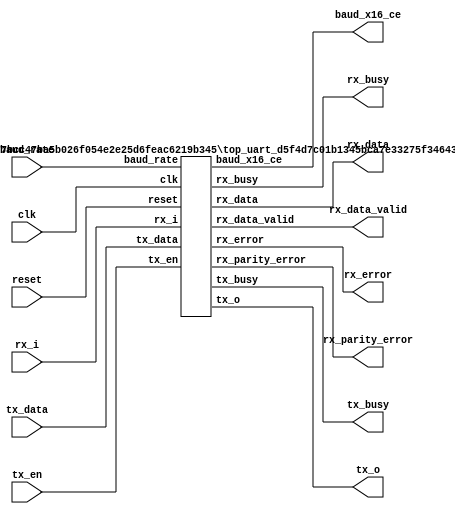
// =============================================================================
// Generated by efx_ipmgr
// Version: 2023.1.150
// IP Version: 5.0
// =============================================================================

////////////////////////////////////////////////////////////////////////////////
// Copyright (C) 2013-2023 Efinix Inc. All rights reserved.              
//
// This   document  contains  proprietary information  which   is        
// protected by  copyright. All rights  are reserved.  This notice       
// refers to original work by Efinix, Inc. which may be derivitive       
// of other work distributed under license of the authors.  In the       
// case of derivative work, nothing in this notice overrides the         
// original author's license agreement.  Where applicable, the           
// original license agreement is included in it's original               
// unmodified form immediately below this header.                        
//                                                                       
// WARRANTY DISCLAIMER.                                                  
//     THE  DESIGN, CODE, OR INFORMATION ARE PROVIDED AS IS AND        
//     EFINIX MAKES NO WARRANTIES, EXPRESS OR IMPLIED WITH               
//     RESPECT THERETO, AND EXPRESSLY DISCLAIMS ANY IMPLIED WARRANTIES,  
//     INCLUDING, WITHOUT LIMITATION, THE IMPLIED WARRANTIES OF          
//     MERCHANTABILITY, NON-INFRINGEMENT AND FITNESS FOR A PARTICULAR    
//     PURPOSE.  SOME STATES DO NOT ALLOW EXCLUSIONS OF AN IMPLIED       
//     WARRANTY, SO THIS DISCLAIMER MAY NOT APPLY TO LICENSEE.           
//                                                                       
// LIMITATION OF LIABILITY.                                              
//     NOTWITHSTANDING ANYTHING TO THE CONTRARY, EXCEPT FOR BODILY       
//     INJURY, EFINIX SHALL NOT BE LIABLE WITH RESPECT TO ANY SUBJECT    
//     MATTER OF THIS AGREEMENT UNDER TORT, CONTRACT, STRICT LIABILITY   
//     OR ANY OTHER LEGAL OR EQUITABLE THEORY (I) FOR ANY INDIRECT,      
//     SPECIAL, INCIDENTAL, EXEMPLARY OR CONSEQUENTIAL DAMAGES OF ANY    
//     CHARACTER INCLUDING, WITHOUT LIMITATION, DAMAGES FOR LOSS OF      
//     GOODWILL, DATA OR PROFIT, WORK STOPPAGE, OR COMPUTER FAILURE OR   
//     MALFUNCTION, OR IN ANY EVENT (II) FOR ANY AMOUNT IN EXCESS, IN    
//     THE AGGREGATE, OF THE FEE PAID BY LICENSEE TO EFINIX HEREUNDER    
//     (OR, IF THE FEE HAS BEEN WAIVED, $100), EVEN IF EFINIX SHALL HAVE 
//     BEEN INFORMED OF THE POSSIBILITY OF SUCH DAMAGES.  SOME STATES DO 
//     NOT ALLOW THE EXCLUSION OR LIMITATION OF INCIDENTAL OR            
//     CONSEQUENTIAL DAMAGES, SO THIS LIMITATION AND EXCLUSION MAY NOT   
//     APPLY TO LICENSEE.                                                
//
////////////////////////////////////////////////////////////////////////////////

`define IP_UUID _d5f4d7c01b1345bca7e33275f3464327
`define IP_NAME_CONCAT(a,b) a``b
`define IP_MODULE_NAME(name) `IP_NAME_CONCAT(name,`IP_UUID)
module uart (
output tx_o,
input rx_i,
output tx_busy,
output [7:0] rx_data,
output rx_data_valid,
output rx_error,
output rx_parity_error,
output rx_busy,
output baud_x16_ce,
input clk,
input reset,
input [2:0] baud_rate,
input tx_en,
input [7:0] tx_data
);
`IP_MODULE_NAME(top_uart) #(
.BYTE (1),
.CLOCK_FREQ (50000000),
.BAUD (115200),
.ENABLE_PARITY (1'b0),
.FIX_BAUDRATE (1'b1),
.PARITY_MODE (1'b0),
.BOOTUP_CHECK (1'b0)
) u_top_uart(
.tx_o ( tx_o ),
.rx_i ( rx_i ),
.tx_busy ( tx_busy ),
.rx_data ( rx_data ),
.rx_data_valid ( rx_data_valid ),
.rx_error ( rx_error ),
.rx_parity_error ( rx_parity_error ),
.rx_busy ( rx_busy ),
.baud_x16_ce ( baud_x16_ce ),
.clk ( clk ),
.reset ( reset ),
.baud_rate ( baud_rate ),
.tx_en ( tx_en ),
.tx_data ( tx_data )
);

endmodule

/////////////////////////////////////////////////////////////////////////////
//
// Copyright (C) 2013-2019 Efinix Inc. All rights reserved.
//
// baud_generator.v
//
// Description:
// Baud Generator generates up to 115.2KHz baud rate.
// common Baud Rate - 4800/9600/19200/57600/115200Hz
//
// *******************************
// Revisions:
// 1.0 Initial rev
//
// *******************************
/////////////////////////////////////////////////////////////////////////////


`resetall
`timescale 1ns/10ps    

  module `IP_MODULE_NAME(baud_generator)
    #(parameter CLOCK_FREQ = 50000000,
                FIX_BAUDRATE = 1,
                BAUD = 115200)
   
    (
     output wire baud_ce,
     output wire baud_x16_ce,
     
     //inputs
     input clk,     
     input [2:0] baud_rate,
     input reset              
     );

   //Baud Rate Calculation 
   parameter BAUD_GEN_ACC_WIDTH = 16;
   
   localparam [BAUD_GEN_ACC_WIDTH-1:0] BAUD_GEN_INC = CLOCK_FREQ/BAUD;
   localparam [BAUD_GEN_ACC_WIDTH-1:0] BAUD_GEN_INC_X16 = (CLOCK_FREQ/BAUD) >> 4;
   
   localparam BAUD_GEN_INC_0 = CLOCK_FREQ/115200;
   localparam BAUD_GEN_INC_1 = CLOCK_FREQ/57600;
   localparam BAUD_GEN_INC_2 = CLOCK_FREQ/38400;
   localparam BAUD_GEN_INC_3 = CLOCK_FREQ/19200;
   localparam BAUD_GEN_INC_4 = CLOCK_FREQ/9600;
   localparam BAUD_GEN_INC_5 = CLOCK_FREQ/4800;
   localparam BAUD_GEN_INC_6 = CLOCK_FREQ/2400;
   localparam BAUD_GEN_INC_7 = CLOCK_FREQ/1200;
   
   //internal registers
   reg [BAUD_GEN_ACC_WIDTH:0] baud_cnt ;
   reg [BAUD_GEN_ACC_WIDTH:0] baud_cnt_x16 ;
   //Baud Rate <1%.
   
    always @(posedge clk) begin
        if (reset) begin
            baud_cnt <= 'h0;
        end
        else begin
            if(baud_ce) begin
    	        baud_cnt <= 'h0; 
    	    end
            else begin
       	        baud_cnt <= baud_cnt[BAUD_GEN_ACC_WIDTH-1:0] + 1'b1;
       	    end
       	end
    end  
    
    always @(posedge clk) begin
        if (reset) begin
          baud_cnt_x16 <= 'h0;
        end
        else begin
            if(baud_ce || baud_x16_ce) begin
                baud_cnt_x16 <= 'h0;
            end
            else begin
                baud_cnt_x16 <= baud_cnt_x16[BAUD_GEN_ACC_WIDTH-1:0] + 1'b1;
            end
        end
    end

   
    generate if (FIX_BAUDRATE) begin
        assign baud_ce = (baud_cnt == BAUD_GEN_INC-1'b1);
        assign baud_x16_ce = (baud_cnt_x16 == BAUD_GEN_INC_X16 - 1'b1);
    end
    else begin
        assign baud_ce = (baud_rate == 1) ? (baud_cnt == BAUD_GEN_INC_1-1'b1) :
                         (baud_rate == 2) ? (baud_cnt == BAUD_GEN_INC_2-1'b1) :
                         (baud_rate == 3) ? (baud_cnt == BAUD_GEN_INC_3-1'b1) :
                         (baud_rate == 4) ? (baud_cnt == BAUD_GEN_INC_4-1'b1) :
                         (baud_rate == 5) ? (baud_cnt == BAUD_GEN_INC_5-1'b1) :
                         (baud_rate == 6) ? (baud_cnt == BAUD_GEN_INC_6-1'b1) :
                         (baud_rate == 7) ? (baud_cnt == BAUD_GEN_INC_7-1'b1) :
                         (baud_cnt == BAUD_GEN_INC_0-1'b1);
        assign baud_x16_ce = (baud_rate == 1) ? (baud_cnt_x16 == (BAUD_GEN_INC_1 >> 4)-1'b1) :
                             (baud_rate == 2) ? (baud_cnt_x16 == (BAUD_GEN_INC_2 >> 4)-1'b1) :
                             (baud_rate == 3) ? (baud_cnt_x16 == (BAUD_GEN_INC_3 >> 4)-1'b1) :
                             (baud_rate == 4) ? (baud_cnt_x16 == (BAUD_GEN_INC_4 >> 4)-1'b1) :
                             (baud_rate == 5) ? (baud_cnt_x16 == (BAUD_GEN_INC_5 >> 4)-1'b1) :
                             (baud_rate == 6) ? (baud_cnt_x16 == (BAUD_GEN_INC_6 >> 4)-1'b1) :
                             (baud_rate == 7) ? (baud_cnt_x16 == (BAUD_GEN_INC_7 >> 4)-1'b1) :
                             (baud_cnt_x16 == (BAUD_GEN_INC_0 >> 4)-1'b1);
    end
    endgenerate

   
endmodule

//////////////////////////////////////////////////////////////////////////////
// Copyright (C) 2013-2019 Efinix Inc. All rights reserved.
//
// This   document  contains  proprietary information  which   is
// protected by  copyright. All rights  are reserved.  This notice
// refers to original work by Efinix, Inc. which may be derivitive
// of other work distributed under license of the authors.  In the
// case of derivative work, nothing in this notice overrides the
// original author's license agreement.  Where applicable, the 
// original license agreement is included in it's original 
// unmodified form immediately below this header.
//
// WARRANTY DISCLAIMER.  
//     THE  DESIGN, CODE, OR INFORMATION ARE PROVIDED AS IS AND 
//     EFINIX MAKES NO WARRANTIES, EXPRESS OR IMPLIED WITH 
//     RESPECT THERETO, AND EXPRESSLY DISCLAIMS ANY IMPLIED WARRANTIES, 
//     INCLUDING, WITHOUT LIMITATION, THE IMPLIED WARRANTIES OF 
//     MERCHANTABILITY, NON-INFRINGEMENT AND FITNESS FOR A PARTICULAR 
//     PURPOSE.  SOME STATES DO NOT ALLOW EXCLUSIONS OF AN IMPLIED 
//     WARRANTY, SO THIS DISCLAIMER MAY NOT APPLY TO LICENSEE.
//
// LIMITATION OF LIABILITY.  
//     NOTWITHSTANDING ANYTHING TO THE CONTRARY, EXCEPT FOR BODILY 
//     INJURY, EFINIX SHALL NOT BE LIABLE WITH RESPECT TO ANY SUBJECT 
//     MATTER OF THIS AGREEMENT UNDER TORT, CONTRACT, STRICT LIABILITY 
//     OR ANY OTHER LEGAL OR EQUITABLE THEORY (I) FOR ANY INDIRECT, 
//     SPECIAL, INCIDENTAL, EXEMPLARY OR CONSEQUENTIAL DAMAGES OF ANY 
//     CHARACTER INCLUDING, WITHOUT LIMITATION, DAMAGES FOR LOSS OF 
//     GOODWILL, DATA OR PROFIT, WORK STOPPAGE, OR COMPUTER FAILURE OR 
//     MALFUNCTION, OR IN ANY EVENT (II) FOR ANY AMOUNT IN EXCESS, IN 
//     THE AGGREGATE, OF THE FEE PAID BY LICENSEE TO EFINIX HEREUNDER 
//     (OR, IF THE FEE HAS BEEN WAIVED, $100), EVEN IF EFINIX SHALL HAVE 
//     BEEN INFORMED OF THE POSSIBILITY OF SUCH DAMAGES.  SOME STATES DO 
//     NOT ALLOW THE EXCLUSION OR LIMITATION OF INCIDENTAL OR 
//     CONSEQUENTIAL DAMAGES, SO THIS LIMITATION AND EXCLUSION MAY NOT 
//     APPLY TO LICENSEE.
//
/////////////////////////////////////////////////////////////////////////////


/////////////////////////////////////////////////////////////////////////////
//
// Copyright (C) 2013-2019 Efinix Inc. All rights reserved.
//
// receiver.v
//
// Description:
// process the RX data from UART Peripherals
//
// *******************************
// Revisions:
// 1.0 Initial rev
//
// *******************************
/////////////////////////////////////////////////////////////////////////////


`resetall
`timescale 1ns/10ps       

  module `IP_MODULE_NAME(receiver)
    #( parameter PARITY_MODE = 0)
   (
    //outputs
    output wire [7:0] data_1_byte, 	//One bye of data.
    output reg valid,     		//Valid for data_1_byte.
    output reg error,                   //Framing Error.
    output reg parity_error,            //Parity Error. 
    output reg rx_busy,                 //rx busy 
    //inputs
    input clk,             		//System Clock.
    input reset,                	//system reset.
    input baud_x16_ce,        		//BaudX16 Enable Signal
    input rx_i,                		//RX data from PC.
    input en_parity                     //Enable Parity 
    );

   //Parameters
   localparam IDLE = 0,
	      START = 1,
	      DATA = 2,
	      STOP = 3,
	      ERROR = 4,
              PARITY = 5;

   localparam IDLE_ST  	= 6'b00_0001,
              START_ST 	= 6'b00_0010,
              DATA_ST  	= 6'b00_0100,
              STOP_ST  	= 6'b00_1000,
              ERROR_ST 	= 6'b01_0000,
             PARITY_ST 	= 6'b10_0000;
   
                                 
   
   //internal signals
   reg 	      rx_data0,rx_data1,rx_data2;
   reg [5:0]  present_state,next_state;
   reg [3:0]  count_x16;
   wire       start;
   reg 	      shift_en;
   reg [15:0] shift_rx_data [7:0];
   reg 	      load_data;
   reg [7:0]  parallel_data;
   reg 	      count_en;
   reg 	      valid_en;
   reg [7:0]  count_8bit;
   integer    i;
   reg [2:0]  rx_data_sync;
   reg 	      parity_en;
   reg [15:0] parity_data;
   wire       parity_bit;
  
   wire       expected_parity_bit;
   
   //synchronize the rx_i.
   always @(posedge clk)
     if (reset)
       rx_data_sync <= 3'b111;
     else
       rx_data_sync <= {rx_data_sync[1:0],rx_i};
   
   
   //synchronize the incoming rx_i... 
   always @(posedge clk)
     if (reset)
       begin
	  rx_data0 <= 1'b1;
	  rx_data1 <= 1'b1;
	  rx_data2 <= 1'b1;
       end
     else if (baud_x16_ce)
       begin  
	  rx_data0 <= rx_data_sync[2];
	  rx_data1 <= rx_data0;
	  rx_data2 <= rx_data1;
       end

   assign start = !rx_data1 & rx_data2;
 

   always @(posedge clk)
     if (reset)
       present_state <= 6'h1;
     else if (baud_x16_ce)
       present_state <= next_state;

   //State Machine for Receiver to process the RXDATA and generate the parallel data...
   always @(*)
     begin
	load_data = 0;
	shift_en= 0;
	valid_en = 0;
	count_en = 0;
	parity_en = 0;
	
	case (present_state)
	  IDLE_ST: begin
	     if (start)
	       next_state = START_ST;
	     else
	       next_state = IDLE_ST;
	  end
	  
	 START_ST: begin
	    count_en = 1'b1;
	  
	     if (&count_x16)
	       next_state = DATA_ST;
	     else if (rx_data2)
	       next_state = ERROR_ST;
	     else
	       next_state = START_ST;
	  end
	  
	  DATA_ST : begin
	     shift_en = 1'b1;
	     if (count_8bit[7] && &count_x16)
	       begin
		  load_data = 1'b1;
		  if (en_parity)
		    next_state = PARITY_ST;
		  else 
		    next_state= STOP_ST;
		
	       end
	     else
	       begin
		
		  next_state = DATA_ST;
	       end
	  end 

	  PARITY_ST : begin
	     count_en = 1'b1;
	     parity_en = 1'b1;
	     if (&count_x16)
	       begin
		  next_state = STOP_ST;
	       end
	     
	     else
	       begin
		  next_state = PARITY_ST;  
	       end
	  end
	  
	  
	  STOP_ST : begin
	     count_en=1'b1;
	     
	     if (!rx_data1)
	       next_state = ERROR_ST;
	     else if (count_8bit[0] & &count_x16)
	       begin
		  valid_en = 1'b1;
		  if (start)
		    next_state = START_ST;
		  else 
		    next_state = IDLE_ST;
	       end
	     
	     else
	       begin
		  next_state = STOP_ST;
	
	       end
	  end // case: present_state[STOP]
	  
	  ERROR_ST : begin
	     next_state = IDLE_ST;
	  end
	  
	  
	  default: next_state = IDLE_ST;
	  
	endcase // case(current_state)
	
	
     end // always @ (*)
   

   always @(posedge clk)
     if (reset)
       count_x16 <= 4'b0;
     else if (baud_x16_ce)
       begin
	  if (count_en |  shift_en)
	    count_x16 <= count_x16 + 1;
	  else if (present_state[IDLE])
	    count_x16 <= 4'h0;
       end
   
   always @(posedge clk)
     begin
	if (reset)
	  count_8bit <= 8'h01;
	else if (baud_x16_ce)
	  begin
	     if ( present_state[DATA]  &&  &count_x16  )
	       count_8bit <= {count_8bit[6:0],count_8bit[7]};
	     else if (present_state[IDLE])
	       count_8bit <= 8'h01;
	  end

       
     end // always @ (posedge clk)


   

   always @(posedge clk)
     if (reset | present_state[IDLE])
       begin
	  for (i=0; i<8;i=i+1)
	    shift_rx_data[i] <= 16'h0;
       end

     else if (baud_x16_ce & shift_en)
       case (1'b1)
	 count_8bit[0]:
	   shift_rx_data[0] <= shift_rx_data[0]<<1 | rx_data2;
	 count_8bit[1]:
	   shift_rx_data[1] <= shift_rx_data[1]<<1 | rx_data2;
	 count_8bit[2]:
	   shift_rx_data[2] <= shift_rx_data[2]<<1 | rx_data2;
	 count_8bit[3]:
	   shift_rx_data[3] <= shift_rx_data[3]<<1 | rx_data2;
	 count_8bit[4]:
	   shift_rx_data[4] <= shift_rx_data[4]<<1 | rx_data2;
	 count_8bit[5]:
	   shift_rx_data[5] <= shift_rx_data[5]<<1 | rx_data2;
	 count_8bit[6]:
	   shift_rx_data[6] <= shift_rx_data[6]<<1 | rx_data2;
	 count_8bit[7]:
	   shift_rx_data[7] <= shift_rx_data[7]<<1 | rx_data2;
	endcase

   
   
   always @(posedge clk)
     if (reset)
       begin
	  parallel_data <= 8'h0;

       end
     else if (load_data & baud_x16_ce)
       parallel_data <= { &shift_rx_data[7][8:7], &shift_rx_data[6][8:7],
			 &shift_rx_data[5][8:7], &shift_rx_data[4][8:7],
			 &shift_rx_data[3][8:7], &shift_rx_data[2][8:7],
			 &shift_rx_data[1][8:7], &shift_rx_data[0][8:7]
			 };

   assign data_1_byte = parallel_data;
   
   always @(posedge clk)
	if (reset )
       valid <= 1'b0;
     else if (baud_x16_ce) begin
	if (valid_en)
	  valid <= 1'b1;
	else
	  valid <= 1'b0;
     end


 
   
   
    always @(posedge clk)
     if (reset | present_state[IDLE])
       parity_data <= 16'h0;
     else if (baud_x16_ce & parity_en)
       parity_data <= parity_data<<1 | rx_data2;
   

   assign parity_bit = &parity_data[8:7];
   generate 
      if (PARITY_MODE==1)
	assign expected_parity_bit = ~(^parallel_data);
      else
	assign expected_parity_bit = ^parallel_data;
   endgenerate
   
   //Update the parity status bit. 
   always @(posedge clk)
     if (reset)
       parity_error <= 1'b0;
     else if (present_state[STOP])
       parity_error <= (expected_parity_bit !=  parity_bit);

  
     

   //Error in transmission...
   //This is unused register in this design. I only need to use it
   //during verification.
   //TO-DO: You may add this feature to let firmware read the error.
   always @(posedge clk)
     if (reset)
       error <= 1'b0;
     else if (present_state[ERROR])
       error <= 1'b1;
     else if (present_state[STOP])
       error <= 1'b0;
   

   
   always @(posedge clk)
     if (reset)
       rx_busy <= 1'b0;
     else if (present_state[IDLE])
       rx_busy <= 1'b0;
     else
       rx_busy <= 1'b1;
   
endmodule // receiver

//////////////////////////////////////////////////////////////////////////////
// Copyright (C) 2013-2019 Efinix Inc. All rights reserved.
//
// This   document  contains  proprietary information  which   is
// protected by  copyright. All rights  are reserved.  This notice
// refers to original work by Efinix, Inc. which may be derivitive
// of other work distributed under license of the authors.  In the
// case of derivative work, nothing in this notice overrides the
// original author's license agreement.  Where applicable, the 
// original license agreement is included in it's original 
// unmodified form immediately below this header.
//
// WARRANTY DISCLAIMER.  
//     THE  DESIGN, CODE, OR INFORMATION ARE PROVIDED AS IS AND 
//     EFINIX MAKES NO WARRANTIES, EXPRESS OR IMPLIED WITH 
//     RESPECT THERETO, AND EXPRESSLY DISCLAIMS ANY IMPLIED WARRANTIES, 
//     INCLUDING, WITHOUT LIMITATION, THE IMPLIED WARRANTIES OF 
//     MERCHANTABILITY, NON-INFRINGEMENT AND FITNESS FOR A PARTICULAR 
//     PURPOSE.  SOME STATES DO NOT ALLOW EXCLUSIONS OF AN IMPLIED 
//     WARRANTY, SO THIS DISCLAIMER MAY NOT APPLY TO LICENSEE.
//
// LIMITATION OF LIABILITY.  
//     NOTWITHSTANDING ANYTHING TO THE CONTRARY, EXCEPT FOR BODILY 
//     INJURY, EFINIX SHALL NOT BE LIABLE WITH RESPECT TO ANY SUBJECT 
//     MATTER OF THIS AGREEMENT UNDER TORT, CONTRACT, STRICT LIABILITY 
//     OR ANY OTHER LEGAL OR EQUITABLE THEORY (I) FOR ANY INDIRECT, 
//     SPECIAL, INCIDENTAL, EXEMPLARY OR CONSEQUENTIAL DAMAGES OF ANY 
//     CHARACTER INCLUDING, WITHOUT LIMITATION, DAMAGES FOR LOSS OF 
//     GOODWILL, DATA OR PROFIT, WORK STOPPAGE, OR COMPUTER FAILURE OR 
//     MALFUNCTION, OR IN ANY EVENT (II) FOR ANY AMOUNT IN EXCESS, IN 
//     THE AGGREGATE, OF THE FEE PAID BY LICENSEE TO EFINIX HEREUNDER 
//     (OR, IF THE FEE HAS BEEN WAIVED, $100), EVEN IF EFINIX SHALL HAVE 
//     BEEN INFORMED OF THE POSSIBILITY OF SUCH DAMAGES.  SOME STATES DO 
//     NOT ALLOW THE EXCLUSION OR LIMITATION OF INCIDENTAL OR 
//     CONSEQUENTIAL DAMAGES, SO THIS LIMITATION AND EXCLUSION MAY NOT 
//     APPLY TO LICENSEE.
//
/////////////////////////////////////////////////////////////////////////////




/////////////////////////////////////////////////////////////////////////////
//
// Copyright (C) 2013-2019 Efinix Inc. All rights reserved.
//
// top_uart.v
//
// Description:
// UART Controller
//
// *******************************
// Revisions:
// 1.0 Initial rev
//
// *******************************
/////////////////////////////////////////////////////////////////////////////

`resetall
`timescale 1ns/10ps       
//`include "uart_defines.v"

  module `IP_MODULE_NAME(top_uart)(
   tx_o,                        
   rx_i,                        
   tx_busy,            		
   rx_data,   	        
   rx_data_valid,      		
   rx_error,           		
   rx_parity_error,              
   rx_busy,            		 
   baud_x16_ce,
   clk,                  	
   reset,                		
   tx_data,
   baud_rate,
   tx_en           
   );

   parameter BYTE = 4;
   parameter DATA_WIDTH = BYTE*8;
   parameter CLOCK_FREQ = 50000000;
   parameter FIX_BAUDRATE = 0;
   parameter BAUD = 115200;
   parameter ENABLE_PARITY = 0;
   parameter PARITY_MODE  = 0;
   parameter BOOTUP_CHECK = 0;
   ////////////////////
   //UART interface
   output tx_o;                       //UART TX
   input  rx_i;                        //UART RX

   ////////////////////
   //User Interface
   //outputs
   output tx_busy;            		//transmitting the tx data.
   output [7:0] rx_data;   	        //rx_data to user logic
   output rx_data_valid;      		//valid flag for rx_data.
   output rx_error;           		//a start bit, parity bit, or stop bit error was detected during the last received data.
   output rx_parity_error;              //Indicate receive data contain parity error. 
   output rx_busy;            		//Receiving the rx data. 
   output baud_x16_ce;
   //inputs
   input clk;                  		//system clock
   input reset;                		//active high reset
   input [BYTE*8-1:0] tx_data;     //Data to transmit.
   input tx_en;                 		//Latches tx_data and initiate transmit
   input [2:0] baud_rate;  //0-115200, 1-57600, 2-38400, 3-19200, 4-9600, 5-4800, 6-2400, 7-1200
//Internal Signals
   wire  baud_ce;
   wire  en_parity;
   
   //UART Format 
   /*   _______         ______                        _______________
    *   IDLE   \_Start_/ Bit0 -----Bit1 -> Bit 7(MSB)/PARITY \/STOP IDLE           
    *   Refer to waveform above, the start is start bit (1'b0).
    *   Meanwhile, the stop is stop bit (1'b1)
    */

   
   `IP_MODULE_NAME(baud_generator) #(.CLOCK_FREQ(CLOCK_FREQ),
            .FIX_BAUDRATE(FIX_BAUDRATE),
		    .BAUD(BAUD)
		    )
   u_baud_generator
     (
      // Outputs
      .baud_ce				(baud_ce),
      .baud_x16_ce			(baud_x16_ce),
      // Inputs
      .clk                  (clk),
      .baud_rate            (baud_rate),
      .reset				(reset));
   

   `IP_MODULE_NAME(transmitter) #(
		 .ENABLE_PARITY(ENABLE_PARITY),
		 .PARITY_MODE(PARITY_MODE),
		 .DATA_WIDTH(DATA_WIDTH),
		 .BOOTUP_CHECK(BOOTUP_CHECK)
		 )
   u_transmitter
     (
      // Outputs
      .tx_o				(tx_o),
      .tx_busy                          (tx_busy), 
      // Inputs
      .clk				(clk),
      .reset				(reset),
      .baud_ce				(baud_ce),
      .tx_data				(tx_data[DATA_WIDTH-1:0]),
      .tx_en				(tx_en));
   

   `IP_MODULE_NAME(receiver) #(
	      .PARITY_MODE(PARITY_MODE)
	      )
   u_receiver
     (
      // Outputs
      .data_1_byte			(rx_data),
      .valid				(rx_data_valid),
      .error				(rx_error),
      .parity_error                     (rx_parity_error), 
      .rx_busy                          (rx_busy),
      // Inputs
      .clk				(clk),
      .reset				(reset),
      .baud_x16_ce			(baud_x16_ce),
      .en_parity                        (en_parity),
      .rx_i				(rx_i));

   assign en_parity =  ENABLE_PARITY;
   

endmodule // top_uart

//////////////////////////////////////////////////////////////////////////////
// Copyright (C) 2013-2019 Efinix Inc. All rights reserved.
//
// This   document  contains  proprietary information  which   is
// protected by  copyright. All rights  are reserved.  This notice
// refers to original work by Efinix, Inc. which may be derivitive
// of other work distributed under license of the authors.  In the
// case of derivative work, nothing in this notice overrides the
// original author's license agreement.  Where applicable, the 
// original license agreement is included in it's original 
// unmodified form immediately below this header.
//
// WARRANTY DISCLAIMER.  
//     THE  DESIGN, CODE, OR INFORMATION ARE PROVIDED AS IS AND 
//     EFINIX MAKES NO WARRANTIES, EXPRESS OR IMPLIED WITH 
//     RESPECT THERETO, AND EXPRESSLY DISCLAIMS ANY IMPLIED WARRANTIES, 
//     INCLUDING, WITHOUT LIMITATION, THE IMPLIED WARRANTIES OF 
//     MERCHANTABILITY, NON-INFRINGEMENT AND FITNESS FOR A PARTICULAR 
//     PURPOSE.  SOME STATES DO NOT ALLOW EXCLUSIONS OF AN IMPLIED 
//     WARRANTY, SO THIS DISCLAIMER MAY NOT APPLY TO LICENSEE.
//
// LIMITATION OF LIABILITY.  
//     NOTWITHSTANDING ANYTHING TO THE CONTRARY, EXCEPT FOR BODILY 
//     INJURY, EFINIX SHALL NOT BE LIABLE WITH RESPECT TO ANY SUBJECT 
//     MATTER OF THIS AGREEMENT UNDER TORT, CONTRACT, STRICT LIABILITY 
//     OR ANY OTHER LEGAL OR EQUITABLE THEORY (I) FOR ANY INDIRECT, 
//     SPECIAL, INCIDENTAL, EXEMPLARY OR CONSEQUENTIAL DAMAGES OF ANY 
//     CHARACTER INCLUDING, WITHOUT LIMITATION, DAMAGES FOR LOSS OF 
//     GOODWILL, DATA OR PROFIT, WORK STOPPAGE, OR COMPUTER FAILURE OR 
//     MALFUNCTION, OR IN ANY EVENT (II) FOR ANY AMOUNT IN EXCESS, IN 
//     THE AGGREGATE, OF THE FEE PAID BY LICENSEE TO EFINIX HEREUNDER 
//     (OR, IF THE FEE HAS BEEN WAIVED, $100), EVEN IF EFINIX SHALL HAVE 
//     BEEN INFORMED OF THE POSSIBILITY OF SUCH DAMAGES.  SOME STATES DO 
//     NOT ALLOW THE EXCLUSION OR LIMITATION OF INCIDENTAL OR 
//     CONSEQUENTIAL DAMAGES, SO THIS LIMITATION AND EXCLUSION MAY NOT 
//     APPLY TO LICENSEE.
//
/////////////////////////////////////////////////////////////////////////////



/////////////////////////////////////////////////////////////////////////////
//
// Copyright (C) 2013-2019 Efinix Inc. All rights reserved.
//
// transmitter.v
//
// Description:
// Transmit the TX data to UART Peripheral
//
// *******************************
// Revisions:
// 1.0 Initial rev
//
// *******************************
/////////////////////////////////////////////////////////////////////////////

`resetall
`timescale 1ns/10ps       

  module `IP_MODULE_NAME(transmitter)
    #(parameter ENABLE_PARITY = 0,
                PARITY_MODE   = 0,
                DATA_WIDTH    = 32,
                BOOTUP_CHECK  = 0)
    (
     //outputs
     output wire tx_o,   		//TX data to UART peripheral.
     output reg tx_busy,                //tx busy flag. 
     //input
     input clk,       			//system clock
     input reset,          		//system reset.
     input baud_ce,        		//baud tick
     input [DATA_WIDTH-1:0] tx_data, 	//8-bit read data...
     input tx_en        		//Valid read data...Ready to send it...
     );
     
//ASCII 
`define ASCII_0 8'h30
`define ASCII_1 8'h31
`define ASCII_2 8'h32
`define ASCII_3 8'h33
`define ASCII_4 8'h34
`define ASCII_5 8'h35
`define ASCII_6 8'h36
`define ASCII_7 8'h37
`define ASCII_8 8'h38
`define ASCII_9 8'h39

`define ASCII_a 8'h61
`define ASCII_b 8'h62
`define ASCII_c 8'h63
`define ASCII_d 8'h64
`define ASCII_e 8'h65
`define ASCII_f 8'h66


`define ASCII_A 8'h41
`define ASCII_B 8'h42
`define ASCII_C 8'h43
`define ASCII_D 8'h44
`define ASCII_E 8'h45
`define ASCII_F 8'h46

`define ASCII_O 8'h4F
`define ASCII_K 8'h4B
`define ASCII_LF 8'h0A

//START & STOP BIT
`define STOP_BIT 1'b1
`define START_BIT 1'b0

   //internal signals.
   reg [46:0] shift_tx_data;
   wire [46:0] xmit_data_p,  xmit_data;
   reg 	       tx_en0,tx_en1,tx_en2;
   reg [5:0]   tx_count;
   wire        ascii_k_parity;
   wire        ascii_o_parity;
   

   always @(posedge clk)
     if (reset)
       begin
	  tx_en0 <= 1'b0;
	  tx_en1 <= 1'b0;
	  tx_en2 <= 1'b0;
       end
   else if (baud_ce)
     begin
	tx_en0 <= tx_en;
	tx_en1 <= tx_en0;
	tx_en2 <= tx_en1;
     end

  generate
     if (PARITY_MODE==1) begin  //odd
	assign ascii_k_parity = ~(^(`ASCII_K));
	assign ascii_o_parity = ~(^(`ASCII_O));
     end
     else begin                 //even
	assign ascii_k_parity = ^(`ASCII_K);
	assign ascii_o_parity = ^(`ASCII_O);
     end
  endgenerate
   
   generate
      if (DATA_WIDTH == 32)
	if (PARITY_MODE==1) begin
	   assign xmit_data_p =  {`STOP_BIT, ~(^tx_data[7:0])  , tx_data[7:0]   , `START_BIT, 1'b1, 
				  `STOP_BIT, ~(^tx_data[15:8]) , tx_data[15:8]  , `START_BIT, 1'b1,
				  `STOP_BIT, ~(^tx_data[23:16]), tx_data[23:16] , `START_BIT, 1'b1,
				  `STOP_BIT, ~(^tx_data[31:24]), tx_data[31:24] , `START_BIT 
				  };

	end

	else begin
	   assign xmit_data_p =  {`STOP_BIT, ^tx_data[7:0]  , tx_data[7:0]   , `START_BIT, 1'b1, 
				  `STOP_BIT, ^tx_data[15:8] , tx_data[15:8]  , `START_BIT, 1'b1,
				  `STOP_BIT, ^tx_data[23:16], tx_data[23:16] , `START_BIT, 1'b1,
				  `STOP_BIT, ^tx_data[31:24], tx_data[31:24] , `START_BIT 
				  };

	end
      
    
      
      else if (DATA_WIDTH == 24)
	if (PARITY_MODE==1) begin 
	   assign xmit_data_p =  {11'h7ff,
				  `STOP_BIT, ~(^tx_data[7:0]), tx_data[7:0]   , `START_BIT, 1'b1, 
				  `STOP_BIT, ~(^tx_data[15:8]), tx_data[15:8]  , `START_BIT, 1'b1,
				  `STOP_BIT, ~(^tx_data[23:16]), tx_data[23:16] , `START_BIT, 1'b1
				  };
	end
	else begin
	   assign xmit_data_p =  {11'h7ff,
				  `STOP_BIT, ^tx_data[7:0]  , tx_data[7:0]   , `START_BIT, 1'b1, 
				  `STOP_BIT, ^tx_data[15:8] , tx_data[15:8]  , `START_BIT, 1'b1,
				  `STOP_BIT, ^tx_data[23:16], tx_data[23:16] , `START_BIT, 1'b1
				  };
	end
      
      else if (DATA_WIDTH == 16)
	if (PARITY_MODE==1) begin 
	   assign xmit_data_p =  {23'h7f_ffff,
				  `STOP_BIT, ~(^tx_data[7:0])  , tx_data[7:0]   , `START_BIT, 1'b1, 
				  `STOP_BIT, ~(^tx_data[15:8]) , tx_data[15:8]  , `START_BIT, 1'b1
				  };
	end
	else begin
	   assign xmit_data_p =  {23'h7f_ffff,
				  `STOP_BIT, ^tx_data[7:0]  , tx_data[7:0]   , `START_BIT, 1'b1, 
				  `STOP_BIT, ^tx_data[15:8] , tx_data[15:8]  , `START_BIT, 1'b1
				  };
	end
      
      
      else if (DATA_WIDTH == 8)
	if (PARITY_MODE==1) begin 
	   assign xmit_data_p =  {35'h7_ffff_ffff,
				  `STOP_BIT, ~(^tx_data[7:0])  , tx_data[7:0]   , `START_BIT, 1'b1 
				  };
	   
	end
	else begin
	   assign xmit_data_p =  {35'h7_ffff_ffff,
				  `STOP_BIT, ^tx_data[7:0]  , tx_data[7:0]   , `START_BIT, 1'b1 
				  };
	end
      

      else
	if (PARITY_MODE==1) begin 
	   assign xmit_data_p =  {35'h7_ffff_ffff,
				  `STOP_BIT, ~(^tx_data[7:0]) , tx_data[7:0]   , `START_BIT, 1'b1 
				  };
	end
	else begin
	   assign xmit_data_p =  {35'h7_ffff_ffff,
				  `STOP_BIT, ^tx_data[7:0]  , tx_data[7:0]   , `START_BIT, 1'b1 
				  };
	end
      
   endgenerate


   generate
      if (DATA_WIDTH == 32)
	assign xmit_data =  {  4'hf,
			       `STOP_BIT,  tx_data[7:0]   , `START_BIT, 1'b1, 
			       `STOP_BIT,  tx_data[15:8]  , `START_BIT, 1'b1,
			       `STOP_BIT,  tx_data[23:16] , `START_BIT, 1'b1,
			       `STOP_BIT,  tx_data[31:24] , `START_BIT 
			       };
      
      else if (DATA_WIDTH == 24)
	assign xmit_data =  {  14'h3fff,
			       `STOP_BIT,  tx_data[7:0]   , `START_BIT, 1'b1, 
			       `STOP_BIT,  tx_data[15:8]  , `START_BIT, 1'b1,
			       `STOP_BIT,  tx_data[23:16] , `START_BIT, 1'b1
			       };
      else  if (DATA_WIDTH == 16)
	assign xmit_data =  {  25'h1ff_ffff,
			       `STOP_BIT,  tx_data[7:0]   , `START_BIT, 1'b1, 
			       `STOP_BIT,  tx_data[15:8]  , `START_BIT, 1'b1
			       };
      
      else  if (DATA_WIDTH == 8)
	assign xmit_data =  {  36'hf_ffff_ffff,
			       `STOP_BIT,  tx_data[7:0]   , `START_BIT, 1'b1 
			       };
      
      else
	assign xmit_data =  {  36'hf_ffff_ffff,
			       `STOP_BIT,  tx_data[7:0]   , `START_BIT, 1'b1 
			       };
   endgenerate
   
   
   generate
      if (BOOTUP_CHECK) begin
	 if (ENABLE_PARITY) begin 
	    //Generates OK flag after reset.
	    always @(posedge clk)
	      if (reset)
		shift_tx_data <= { 12'hfff, 
				   `STOP_BIT, ascii_k_parity, `ASCII_K, `START_BIT,
				   4'hf,
				   `STOP_BIT, ascii_o_parity, `ASCII_O, `START_BIT,
				   8'hff, 1'b1
				   };
	    
	      else if (baud_ce)
		begin
		   if (tx_en1 & !tx_en2)
		     shift_tx_data <= xmit_data_p;
		   else
		     shift_tx_data <= {1'b1, shift_tx_data[DATA_WIDTH-1+15:1] } ;
		end
	    
	 end // if (ENABLE_PARITY)
	 
	 else begin 
	    //Generates OK flag after reset.
	    always @(posedge clk)
	      if (reset)
		shift_tx_data <= { 1'b1, 8'hff, 1'b1,
				   `STOP_BIT, `ASCII_K, `START_BIT,
				   8'hff,
				   `STOP_BIT, `ASCII_O, `START_BIT,
				   8'hff, 1'b1
				   };
	    
	      else if (baud_ce)
		begin
		   if (tx_en1 & !tx_en2)
		     shift_tx_data <= xmit_data;
		   else
		     shift_tx_data <= {1'b1, shift_tx_data[DATA_WIDTH-1+15:1] } ;
		end
	 end // else: !if(ENABLE_PARITY)
	 
      end // if (BOOTUP_CHECK)
      else begin
	 if (ENABLE_PARITY) begin 
	    //Generates OK flag after reset.
	    always @(posedge clk)
	      if (reset)
		shift_tx_data <= {47{1'b1}};
	    
	    
	      else if (baud_ce)
		begin
		   if (tx_en1 & !tx_en2)
		     shift_tx_data <= xmit_data_p;
		   else
		     shift_tx_data <= {1'b1, shift_tx_data[DATA_WIDTH-1+15:1] } ;
		end
	    
	 end // if (ENABLE_PARITY)
	 
	 else begin 
	    //Generates OK flag after reset.
	    always @(posedge clk)
	      if (reset)
		shift_tx_data <= {47{1'b1}};
	    
	      else if (baud_ce)
		begin
		   if (tx_en1 & !tx_en2)
		     shift_tx_data <= xmit_data;
		   else
		     shift_tx_data <= {1'b1, shift_tx_data[DATA_WIDTH-1+15:1] } ;
		end
	 end // else: !if(ENABLE_PARITY)

      end // else: !if(BOOTUP_CHECK)
      
   endgenerate
   
   
   
   
   always @(posedge clk)
     if (reset)
       tx_count <= 6'd0;
     else if (baud_ce)
       if (tx_en1 & !tx_en2)
	 tx_count <= 6'd0;
       else if (tx_count < (DATA_WIDTH+11 + 1) )
	 tx_count <= tx_count + 1;

   always @(posedge clk)
     if (reset)
       tx_busy <= 1'b0;
     else if (baud_ce)
       if (tx_en1 & !tx_en2)
	 tx_busy <= 1'b1;
       else if (tx_count == (DATA_WIDTH+11 ) )
	 tx_busy <= 1'b0;
   
   assign 		 tx_o = shift_tx_data[0];
   

endmodule // transmitter


//////////////////////////////////////////////////////////////////////////////
// Copyright (C) 2013-2019 Efinix Inc. All rights reserved.
//
// This   document  contains  proprietary information  which   is
// protected by  copyright. All rights  are reserved.  This notice
// refers to original work by Efinix, Inc. which may be derivitive
// of other work distributed under license of the authors.  In the
// case of derivative work, nothing in this notice overrides the
// original author's license agreement.  Where applicable, the 
// original license agreement is included in it's original 
// unmodified form immediately below this header.
//
// WARRANTY DISCLAIMER.  
//     THE  DESIGN, CODE, OR INFORMATION ARE PROVIDED AS IS AND 
//     EFINIX MAKES NO WARRANTIES, EXPRESS OR IMPLIED WITH 
//     RESPECT THERETO, AND EXPRESSLY DISCLAIMS ANY IMPLIED WARRANTIES, 
//     INCLUDING, WITHOUT LIMITATION, THE IMPLIED WARRANTIES OF 
//     MERCHANTABILITY, NON-INFRINGEMENT AND FITNESS FOR A PARTICULAR 
//     PURPOSE.  SOME STATES DO NOT ALLOW EXCLUSIONS OF AN IMPLIED 
//     WARRANTY, SO THIS DISCLAIMER MAY NOT APPLY TO LICENSEE.
//
// LIMITATION OF LIABILITY.  
//     NOTWITHSTANDING ANYTHING TO THE CONTRARY, EXCEPT FOR BODILY 
//     INJURY, EFINIX SHALL NOT BE LIABLE WITH RESPECT TO ANY SUBJECT 
//     MATTER OF THIS AGREEMENT UNDER TORT, CONTRACT, STRICT LIABILITY 
//     OR ANY OTHER LEGAL OR EQUITABLE THEORY (I) FOR ANY INDIRECT, 
//     SPECIAL, INCIDENTAL, EXEMPLARY OR CONSEQUENTIAL DAMAGES OF ANY 
//     CHARACTER INCLUDING, WITHOUT LIMITATION, DAMAGES FOR LOSS OF 
//     GOODWILL, DATA OR PROFIT, WORK STOPPAGE, OR COMPUTER FAILURE OR 
//     MALFUNCTION, OR IN ANY EVENT (II) FOR ANY AMOUNT IN EXCESS, IN 
//     THE AGGREGATE, OF THE FEE PAID BY LICENSEE TO EFINIX HEREUNDER 
//     (OR, IF THE FEE HAS BEEN WAIVED, $100), EVEN IF EFINIX SHALL HAVE 
//     BEEN INFORMED OF THE POSSIBILITY OF SUCH DAMAGES.  SOME STATES DO 
//     NOT ALLOW THE EXCLUSION OR LIMITATION OF INCIDENTAL OR 
//     CONSEQUENTIAL DAMAGES, SO THIS LIMITATION AND EXCLUSION MAY NOT 
//     APPLY TO LICENSEE.
//
/////////////////////////////////////////////////////////////////////////////

`undef IP_UUID
`undef IP_NAME_CONCAT
`undef IP_MODULE_NAME